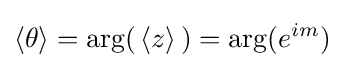
\langle \theta \rangle =\arg(\,\langle z\rangle \,)=\arg(e^{im})